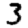
Digit: 3